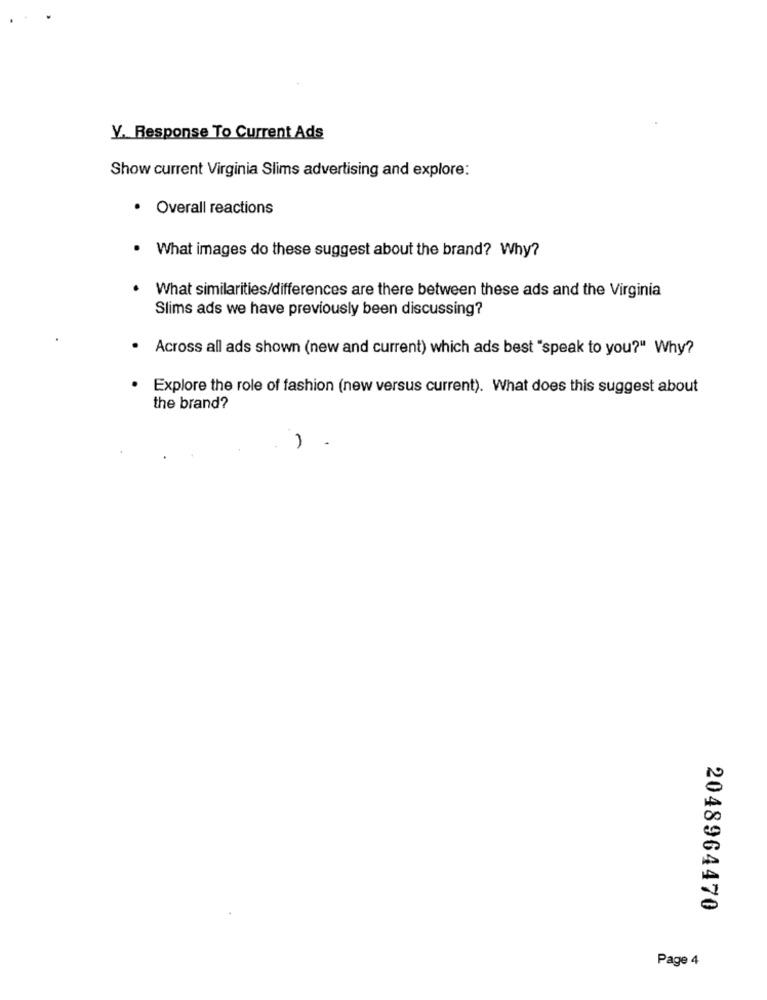
Y. Response To Current Ads
Show current Virginia Slims advertising and explore:
· Overall reactions
. What images do these suggest about the brand? Why?
What similarities/differences are there between these ads and the Virginia
Slims ads we have previously been discussing?
. Across all ads shown (new and current) which ads best "speak to you?" Why?
.
Explore the role of fashion (new versus current). What does this suggest about
the brand?
2048964470
Page 4